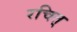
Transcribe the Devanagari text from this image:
रचित्